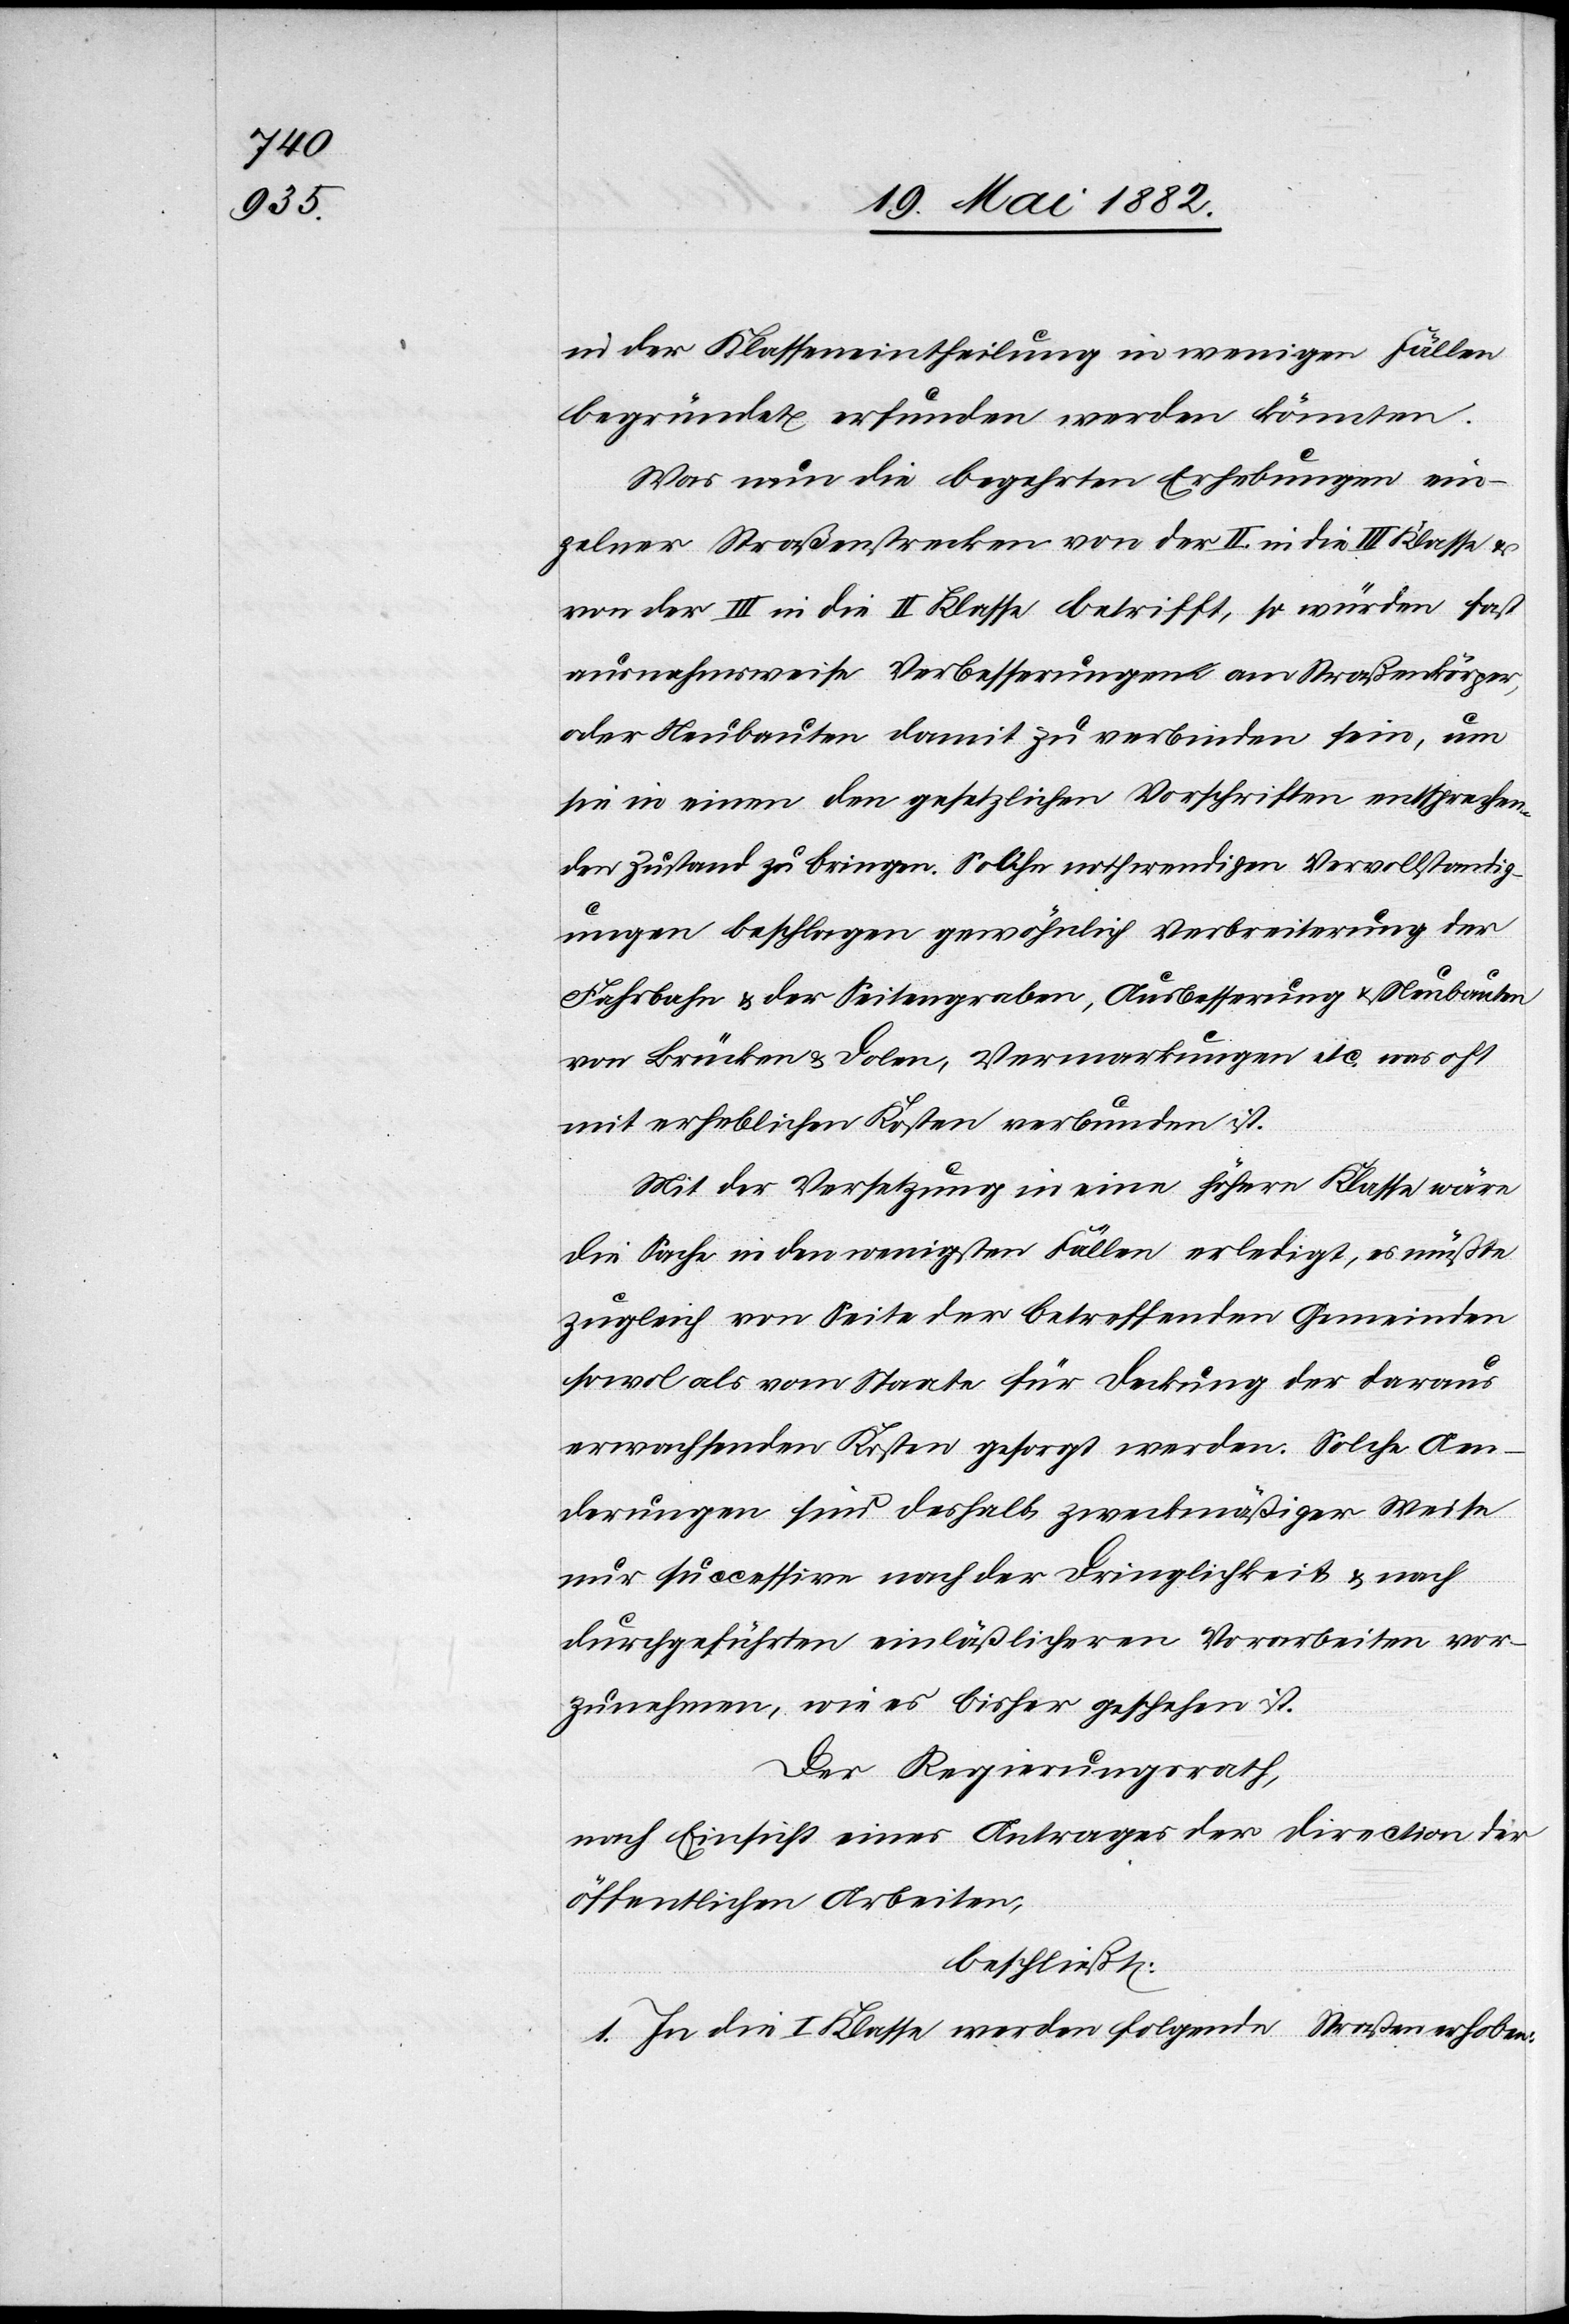
in der Klasseneintheilung in wenigen Fällen
begründet erfunden werden könnten.
Was nun die begehrten Erhebungen ein¬
zelner Straßenstrecken von der II. in die III. Klasse
von der III. in die II. Klasse betrifft, so würden fast
ausnahmsweise [sic!] Verbesserungen am Straßenkörper,
oder Neubauten damit zu verbinden sein, um
sie in einen den gesetzlichen Vorschriften entsprechen¬
den Zustand zu bringen. Solche nothwendigen Vervollständig¬
ungen beschlagen gewöhnlich Verbreiterung der
Fahrbahn & der Seitengraben, Ausbesserung & Neubauten
von Brücken & Dolen, Vermarkungen etc. was oft
mit erheblichen Kosten verbunden ist.
Mit der Versetzung in eine höhere Klasse wäre
die Sache in den wenigsten Fällen erledigt, es müßte
zugleich von Seite der betreffenden Gemeinden
sowol als vom Staate für Deckung der daraus
erwachsenden Kosten gesorgt werden. Solche Aen¬
derungen sind deshalb zweckmäßiger Weise
nur successive nach der Dringlichkeit & nach
durchgeführten einläßlicheren Vorarbeiten vor¬
zunehmen, wie es bisher geschehen ist.
Der Regierungsrath,
nach Einsicht eines Antrages der Direction der
öffentlichen Arbeiten,
beschließt:
1. In die I. Klasse werden folgende Straßen erhoben: